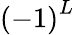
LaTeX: \left(-1\right)^{L}